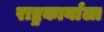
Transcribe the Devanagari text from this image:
राष्ट्रकार्याला